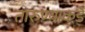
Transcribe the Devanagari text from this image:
तारुण्याकडे